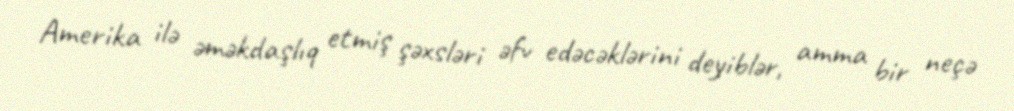
Amerika ilə əməkdaşlıq etmiş şəxsləri əfv edəcəklərini deyiblər, amma bir neçə